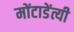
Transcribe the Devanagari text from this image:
मोंटाडेंत्यी